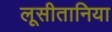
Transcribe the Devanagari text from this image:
लूसीतानिया